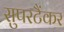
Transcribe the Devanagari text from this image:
सुपरटैंकर